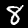
Digit: 8